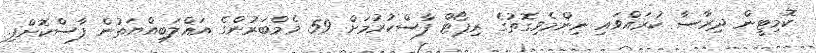
ކޮމިޓީން ދިރާސާ ކުރައްވައި ނިންމެވިގޮތުގެ ރިޕޯޓް ފާސްކުރުމަށް 59 މެމްބަރުންގެ އަޣްލަބިއްޔަތުން ފާސްކޮށްފި.